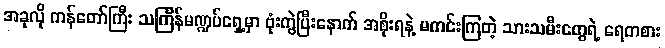
အခုလို ကန်တော်ကြီး သင်္ကြန်မဏ္ဍပ်ရှေ့မှာ ဗုံးကွဲပြီးနောက် အစိုးရနဲ့ မကင်းကြတဲ့ သားသမီးတွေရဲ့ ရေကစား